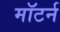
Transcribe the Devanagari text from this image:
मॉटर्न